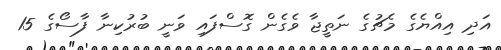
އަދި އިއްޔެގެ މެޗުގެ ނަތީޖާ ވެގެން ގޮސްފައި ވަނީ ބުރުކިނާ ފާސޯގެ 15